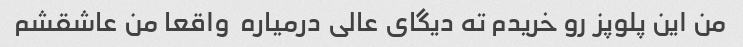
من این پلوپز رو خریدم ته دیگای عالی درمیاره  واقعا من عاشقشم